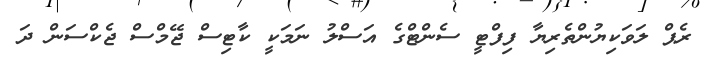
ރެޕް ލަވަކިޔުންތެރިޔާ ފިފްޓީ ސެންޓްގެ އަސްލު ނަމަކީ ކާޓިސް ޖޭމްސް ޖެކްސަން ދަ